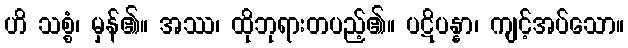
ဟိ သစ္စံ၊ မှန်၏။ အဿ၊ ထိုဘုရားတပည့်၏။ ပဋိပန္နာ၊ ကျင့်အပ်သော။